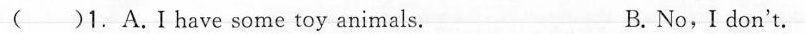
( ) 1.A.I have some toy animals. B. No, I don't.